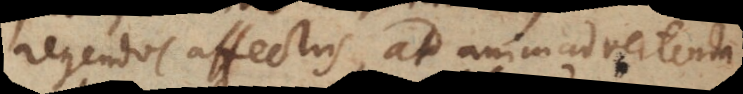
regendos affectus, ad animadvertenda